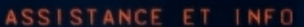
ASSISTANCE ET INFO